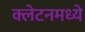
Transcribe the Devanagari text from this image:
क्लेटनमध्ये